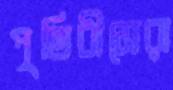
পৃথিবীসেরা